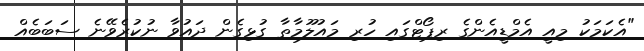
"އެކަމަކު މިއީ އެމްޑީއެންގެ ރިޕޯޓްގައި ހުރި މައުލޫމާތާ ގުޅިގެން ދައުވާ ނުކުރެވޭނެ ސަބަބެއް